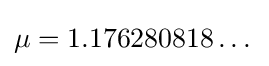
\mu =1.176280818\dots